Indian journal of veterinary science and animal husbandry - Volumes 15-17, 1948-1951
Year: 1948
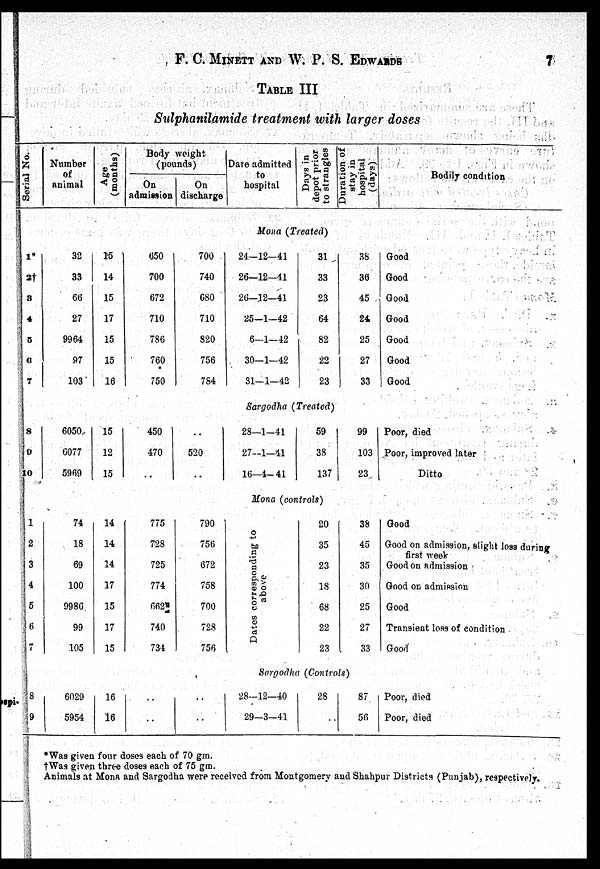
F. C. MINETT AND W. P. S. EDWARDS
7
Table III
Sulphanilamide treatment with larger doses
Serial No.
Number
of
animal
Age
(months)
Body weight
(pounds)
On
admission
On
discharge
Date admitted
to
hospital
Days in
depot prior
to strangles
Duration or
stay in
hospital
(days)
Bodily condition
Mona (Treated)
1*
2†
3
4
5
6
7
32
33
66
27
9964
97
103
15
14
15
17
15
15
16
650
700
672
710
786
760
750
700
740
680
710
820
756
784
24—12—41
26—12—41
26—12—41
25—1—42
6—1—42
30—1—42
31—1—42
31
33
23
64
82
22
23
38
36
45
24
25
27
33
Good
Good
Good
Good
Good
Good
Good
Sargodha (Treated)
8
9
10
6050
6077
5969
15
12
15
450
470
..
..
520
..
28—1—41
27—1—41
16—4—41
59
38
137
99
103
23
Poor, died
Poor, improved later
Ditto
Mona (controls)
1
2
3
4
5
6
7
74
18
69
100
9986
99
105
14
14
14
17
15
17
15
775
728
725
774
662
740
734
790
756
672
758
700
728
756
Dates corresponding to
above
20
35
23
18
68
22
23
38
45
35
30
25
27
33
Good
Good on admission, slight loss during
first week
Good on admission
Good on admission
Good
Transient loss of condition
Good
Sargodha (Controls)
8
9
6029
5954
16
16
..
..
..
..
28—12—40
29—3—41
28
..
87
56
Poor, died
Poor, died
*Was given four doses each of 70 gm.
†Was given three doses each of 75 gm.
Animals at Mona and Sargodha were received from Montgomery and Shahpur Districts (Punjab), respectively.